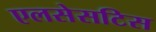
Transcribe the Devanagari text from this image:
एलसेसटिस